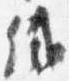
織